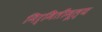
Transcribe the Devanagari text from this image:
निर्मितीमूल्य